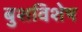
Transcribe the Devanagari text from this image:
बुशविशेष